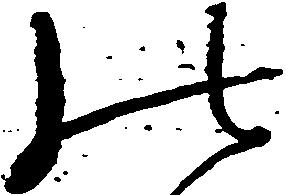
の